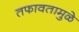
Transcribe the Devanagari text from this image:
तफावतामुळे